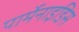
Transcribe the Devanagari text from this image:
पार्मेनाइडिस